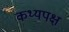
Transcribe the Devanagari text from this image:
कथ्यपक्ष